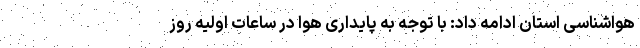
هواشناسی استان ادامه داد: با توجه به پایداری هوا در ساعات اولیه روز